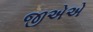
જીએએ